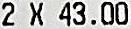
2 X 43.00